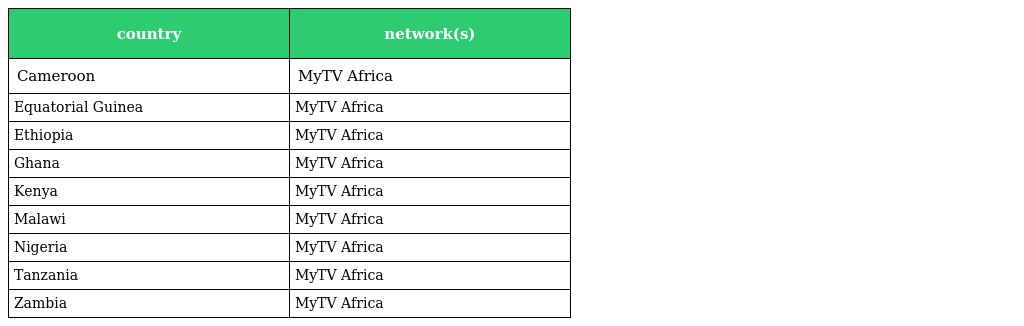
| country | network(s) |
 | --- | --- |
 | Cameroon | MyTV Africa |
 | Equatorial Guinea | MyTV Africa |
 | Ethiopia | MyTV Africa |
 | Ghana | MyTV Africa |
 | Kenya | MyTV Africa |
 | Malawi | MyTV Africa |
 | Nigeria | MyTV Africa |
 | Tanzania | MyTV Africa |
 | Zambia | MyTV Africa |